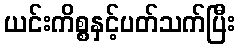
ယင်းကိစ္စနှင့်ပတ်သက်ပြီး